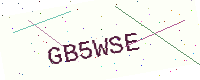
Text: GB5WSE